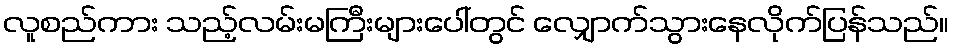
လူစည်ကား သည့်လမ်းမကြီးများပေါ်တွင် လျှောက်သွားနေလိုက်ပြန်သည်။